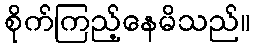
စိုက်ကြည့်နေမိသည်။